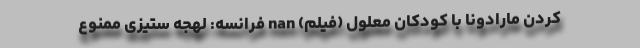
کردن مارادونا با کودکان معلول (فیلم) nan فرانسه: لهجه ستیزی ممنوع